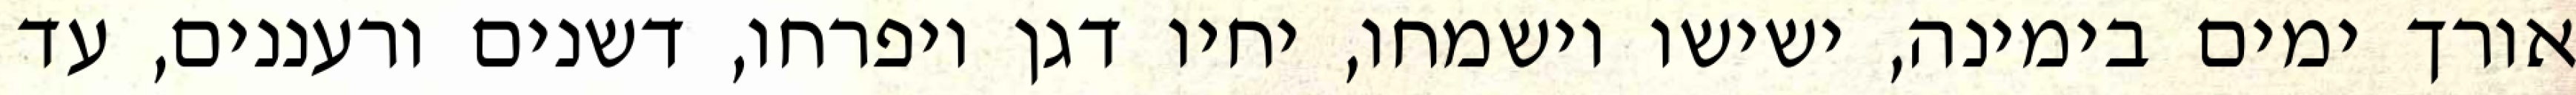
אורך ימים בימינה, ישישו וישמחו, יחיו דגן ויפרחו, דשנים ורעננים, עד